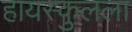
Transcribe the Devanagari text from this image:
हायस्कुलला